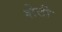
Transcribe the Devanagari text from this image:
शेटी